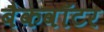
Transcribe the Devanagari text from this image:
बैकवॉटर